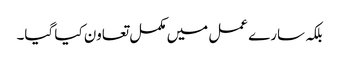
بلکہ سارے عمل میں مکمل تعاون کیا گیا۔